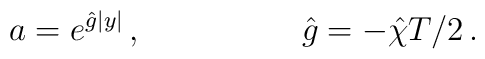
a = e^{\hat{g}|y|}\, ,\hspace{2cm}\hat{g}=-\hat{\chi} T/2\, .